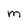
Character: M